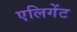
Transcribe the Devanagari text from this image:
एलिगेंट